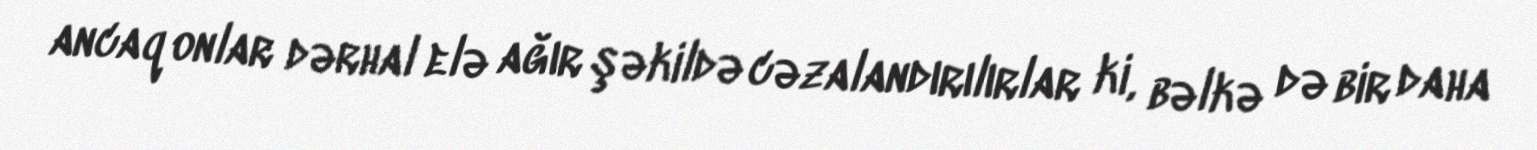
ancaq onlar dərhal elə ağır şəkildə cəzalandırılırlar ki, bəlkə də bir daha